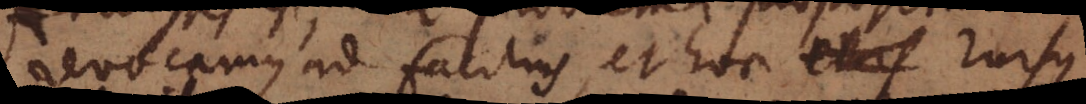
revocamus ad facilius, et hoc _ rursus